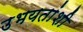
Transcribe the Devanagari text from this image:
उभयतांशी